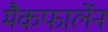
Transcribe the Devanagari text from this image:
मैकफार्लेन